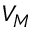
V _ { M }